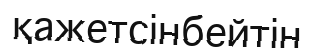
қажетсінбейтін